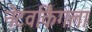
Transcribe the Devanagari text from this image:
नेटवर्किंगला